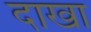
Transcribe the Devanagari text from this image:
दाखा